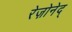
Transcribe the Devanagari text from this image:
रेज़ोनेद्